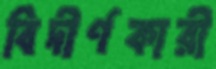
বিদীর্ণকারী